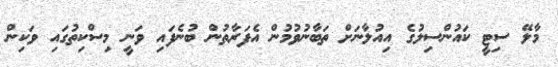
މާލޭ ސިޓީ ކައުންސިލުގެ އިއުލާނަށް ތަބާނުވުމުން އެފަރާތުން ބުނެފައި ވަނީ މިސްކިތުގައި ވަކިން